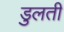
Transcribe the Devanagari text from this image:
डुलती